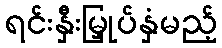
ရင်းနှီးမြှုပ်နှံမည့်